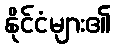
နိုင်ငံများ၏